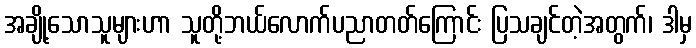
အချို့သောသူများဟာ သူတို့ဘယ်လောက်ပညာတတ်ကြောင်း ပြသချင်တဲ့အတွက်၊ ဒါမှ